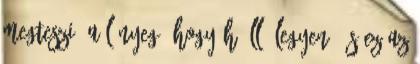
megteszi, a lényeg, hogy hőálló legyen. És ez az